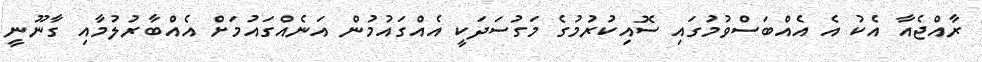
ރާއްޖެއާ އެކު އެ އެއްބަސްވުމުގައި ސޮއިކުރުމުގެ މަގުސަދަކީ އެއްގައުމުން އަނެއްގައުމަށް އެއްބާރުލުމާއި ގާނޫނީ